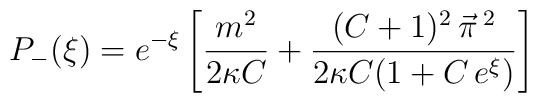
P_-(\xi) = e^{-\xi} \left[ \frac{m^2}{2\kappa  C}+\frac{(C+1)^2\, \vec{\pi}\,{}^2}{2\kappa C(1 + C\,  e^\xi)}\right]